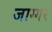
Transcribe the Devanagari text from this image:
जाग्गर